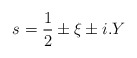
\begin{align*}s=\frac{1}{2}\pm \xi \pm i.Y\end{align*}